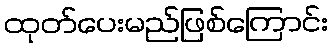
ထုတ်ပေးမည်ဖြစ်ကြောင်း